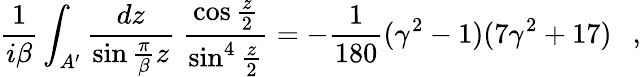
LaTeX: {\frac{1}{i\beta}}\int_{A^{\prime}}{\frac{dz}{\sin{\frac{\pi}{\beta}}z}}~{\frac{\cos\frac z2}{\sin^{4}\frac z2}}=-{\frac{1}{180}}(\gamma^{2}-1)(7\gamma^{2}+17)~~~,